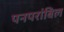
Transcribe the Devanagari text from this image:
पनपरांबिल